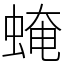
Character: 𧌄